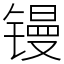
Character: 镘